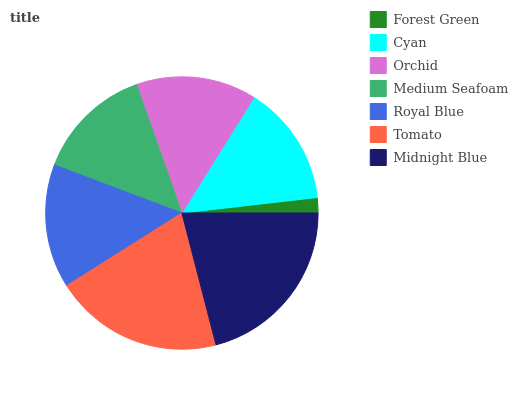
| Forest Green | Cyan | Orchid | Medium Seafoam | Royal Blue | Tomato | Midnight Blue |
 | --- | --- | --- | --- | --- | --- | --- |
 | 1.81% | 14.3% | 14.3% | 13.9% | 14.7% | 20% | 21% |